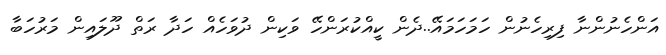
އަންހެނުންނާ ފިރިހެނުން ހަމަހަމައޭ..ދެން ކީއްކުރަންހޭ ވަކިން ދުވަހެއް ހަދާ ރަތް ދޫލައިން މަރުހަބާ